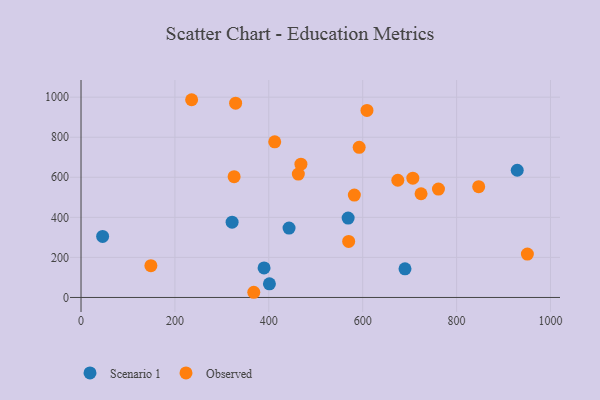
{"axis": {"x": "Experience", "y": "Yield"}, "legend": ["Observed", "Scenario 1"], "data": [{"x": "443.1", "y": 346.3, "type": "Scenario 1"}, {"x": "690.1", "y": 143.1, "type": "Scenario 1"}, {"x": "321.8", "y": 375.9, "type": "Scenario 1"}, {"x": "569.0", "y": 396.3, "type": "Scenario 1"}, {"x": "46.0", "y": 304.6, "type": "Scenario 1"}, {"x": "401.3", "y": 68.0, "type": "Scenario 1"}, {"x": "929.2", "y": 635.0, "type": "Scenario 1"}, {"x": "389.9", "y": 147.6, "type": "Scenario 1"}, {"x": "674.8", "y": 585.2, "type": "Observed"}, {"x": "847.1", "y": 553.3, "type": "Observed"}, {"x": "412.6", "y": 777.1, "type": "Observed"}, {"x": "235.6", "y": 987.2, "type": "Observed"}, {"x": "706.8", "y": 595.6, "type": "Observed"}, {"x": "724.3", "y": 517.7, "type": "Observed"}, {"x": "592.5", "y": 749.8, "type": "Observed"}, {"x": "326.1", "y": 603.2, "type": "Observed"}, {"x": "582.2", "y": 511.3, "type": "Observed"}, {"x": "148.8", "y": 158.5, "type": "Observed"}, {"x": "368.0", "y": 25.9, "type": "Observed"}, {"x": "950.8", "y": 216.8, "type": "Observed"}, {"x": "462.9", "y": 616.0, "type": "Observed"}, {"x": "570.1", "y": 279.9, "type": "Observed"}, {"x": "329.3", "y": 970.0, "type": "Observed"}, {"x": "609.1", "y": 933.6, "type": "Observed"}, {"x": "761.4", "y": 541.0, "type": "Observed"}, {"x": "468.4", "y": 665.5, "type": "Observed"}]}